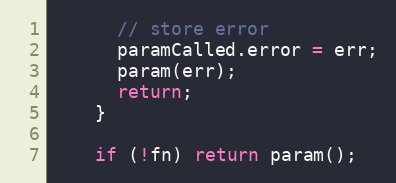
Language: JavaScript
      // store error
      paramCalled.error = err;
      param(err);
      return;
    }

    if (!fn) return param();